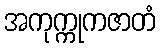
အကုက္ကုကဇာတံ